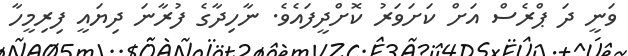
ވަނީ ދަ ޕްރެސް އަށް ކަށަވަރު ކޮށްދީފައެވެ. ނާހިދާގެ ފުރާނަ ދިޔައީ ފިރިމީހާ